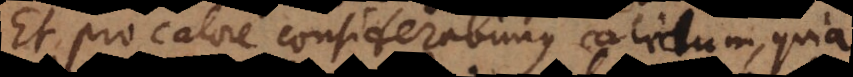
Et pro calore considerabimus calidum, quia